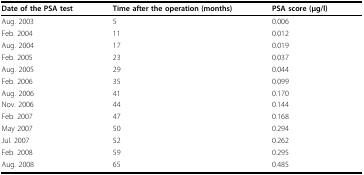
<table><thead><tr><td><b>Date of the PSA test</b></td><td><b>Time after the operation (months)</b></td><td><b>PSA score (μg/l)</b></td></tr></thead><tbody><tr><td>Aug. 2003</td><td>5</td><td>0.006</td></tr><tr><td>Feb. 2004</td><td>11</td><td>0.012</td></tr><tr><td>Aug. 2004</td><td>17</td><td>0.019</td></tr><tr><td>Feb. 2005</td><td>23</td><td>0.037</td></tr><tr><td>Aug. 2005</td><td>29</td><td>0.044</td></tr><tr><td>Feb. 2006</td><td>35</td><td>0.099</td></tr><tr><td>Aug. 2006</td><td>41</td><td>0.170</td></tr><tr><td>Nov. 2006</td><td>44</td><td>0.144</td></tr><tr><td>Feb. 2007</td><td>47</td><td>0.168</td></tr><tr><td>May 2007</td><td>50</td><td>0.294</td></tr><tr><td>Jul. 2007</td><td>52</td><td>0.262</td></tr><tr><td>Feb. 2008</td><td>59</td><td>0.295</td></tr><tr><td>Aug. 2008</td><td>65</td><td>0.485</td></tr></tbody></table>